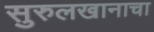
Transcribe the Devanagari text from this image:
सुरुलखानाचा